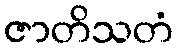
ဇာတိသတံ